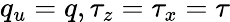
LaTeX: q_{u}=q,\tau_{z}=\tau_{x}=\tau